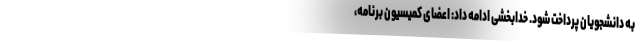
به دانشجویان پرداخت شود. خدابخشی ادامه داد: اعضای کمیسیون برنامه،